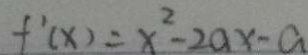
f ^ { \prime } ( x ) = x ^ { 2 } - 2 a x - a